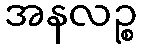
အနလဉ္စ